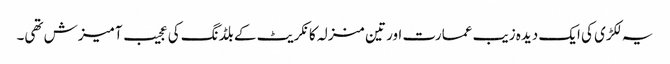
یہ لکڑی کی ایک دیدہ زیب عمارت اور تین منزلہ کانکریٹ کے بلڈنگ کی عجیب آمیزش تھی۔